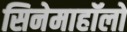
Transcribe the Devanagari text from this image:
सिनेमाहॉलों